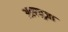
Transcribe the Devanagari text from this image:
अलप्पुज़ा